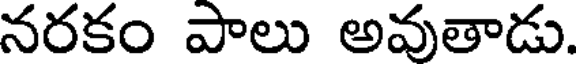
నరకం పాలు అవుతాడు.